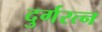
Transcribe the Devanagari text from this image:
दुर्गरत्‍न